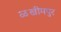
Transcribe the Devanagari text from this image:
ळखीमपुर